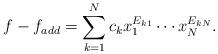
LaTeX: \begin{align*} f - f_{add} = \sum_{k=1}^N c_k x_1^{E_{k1}} \cdots x_N^{E_{kN}}.\end{align*}